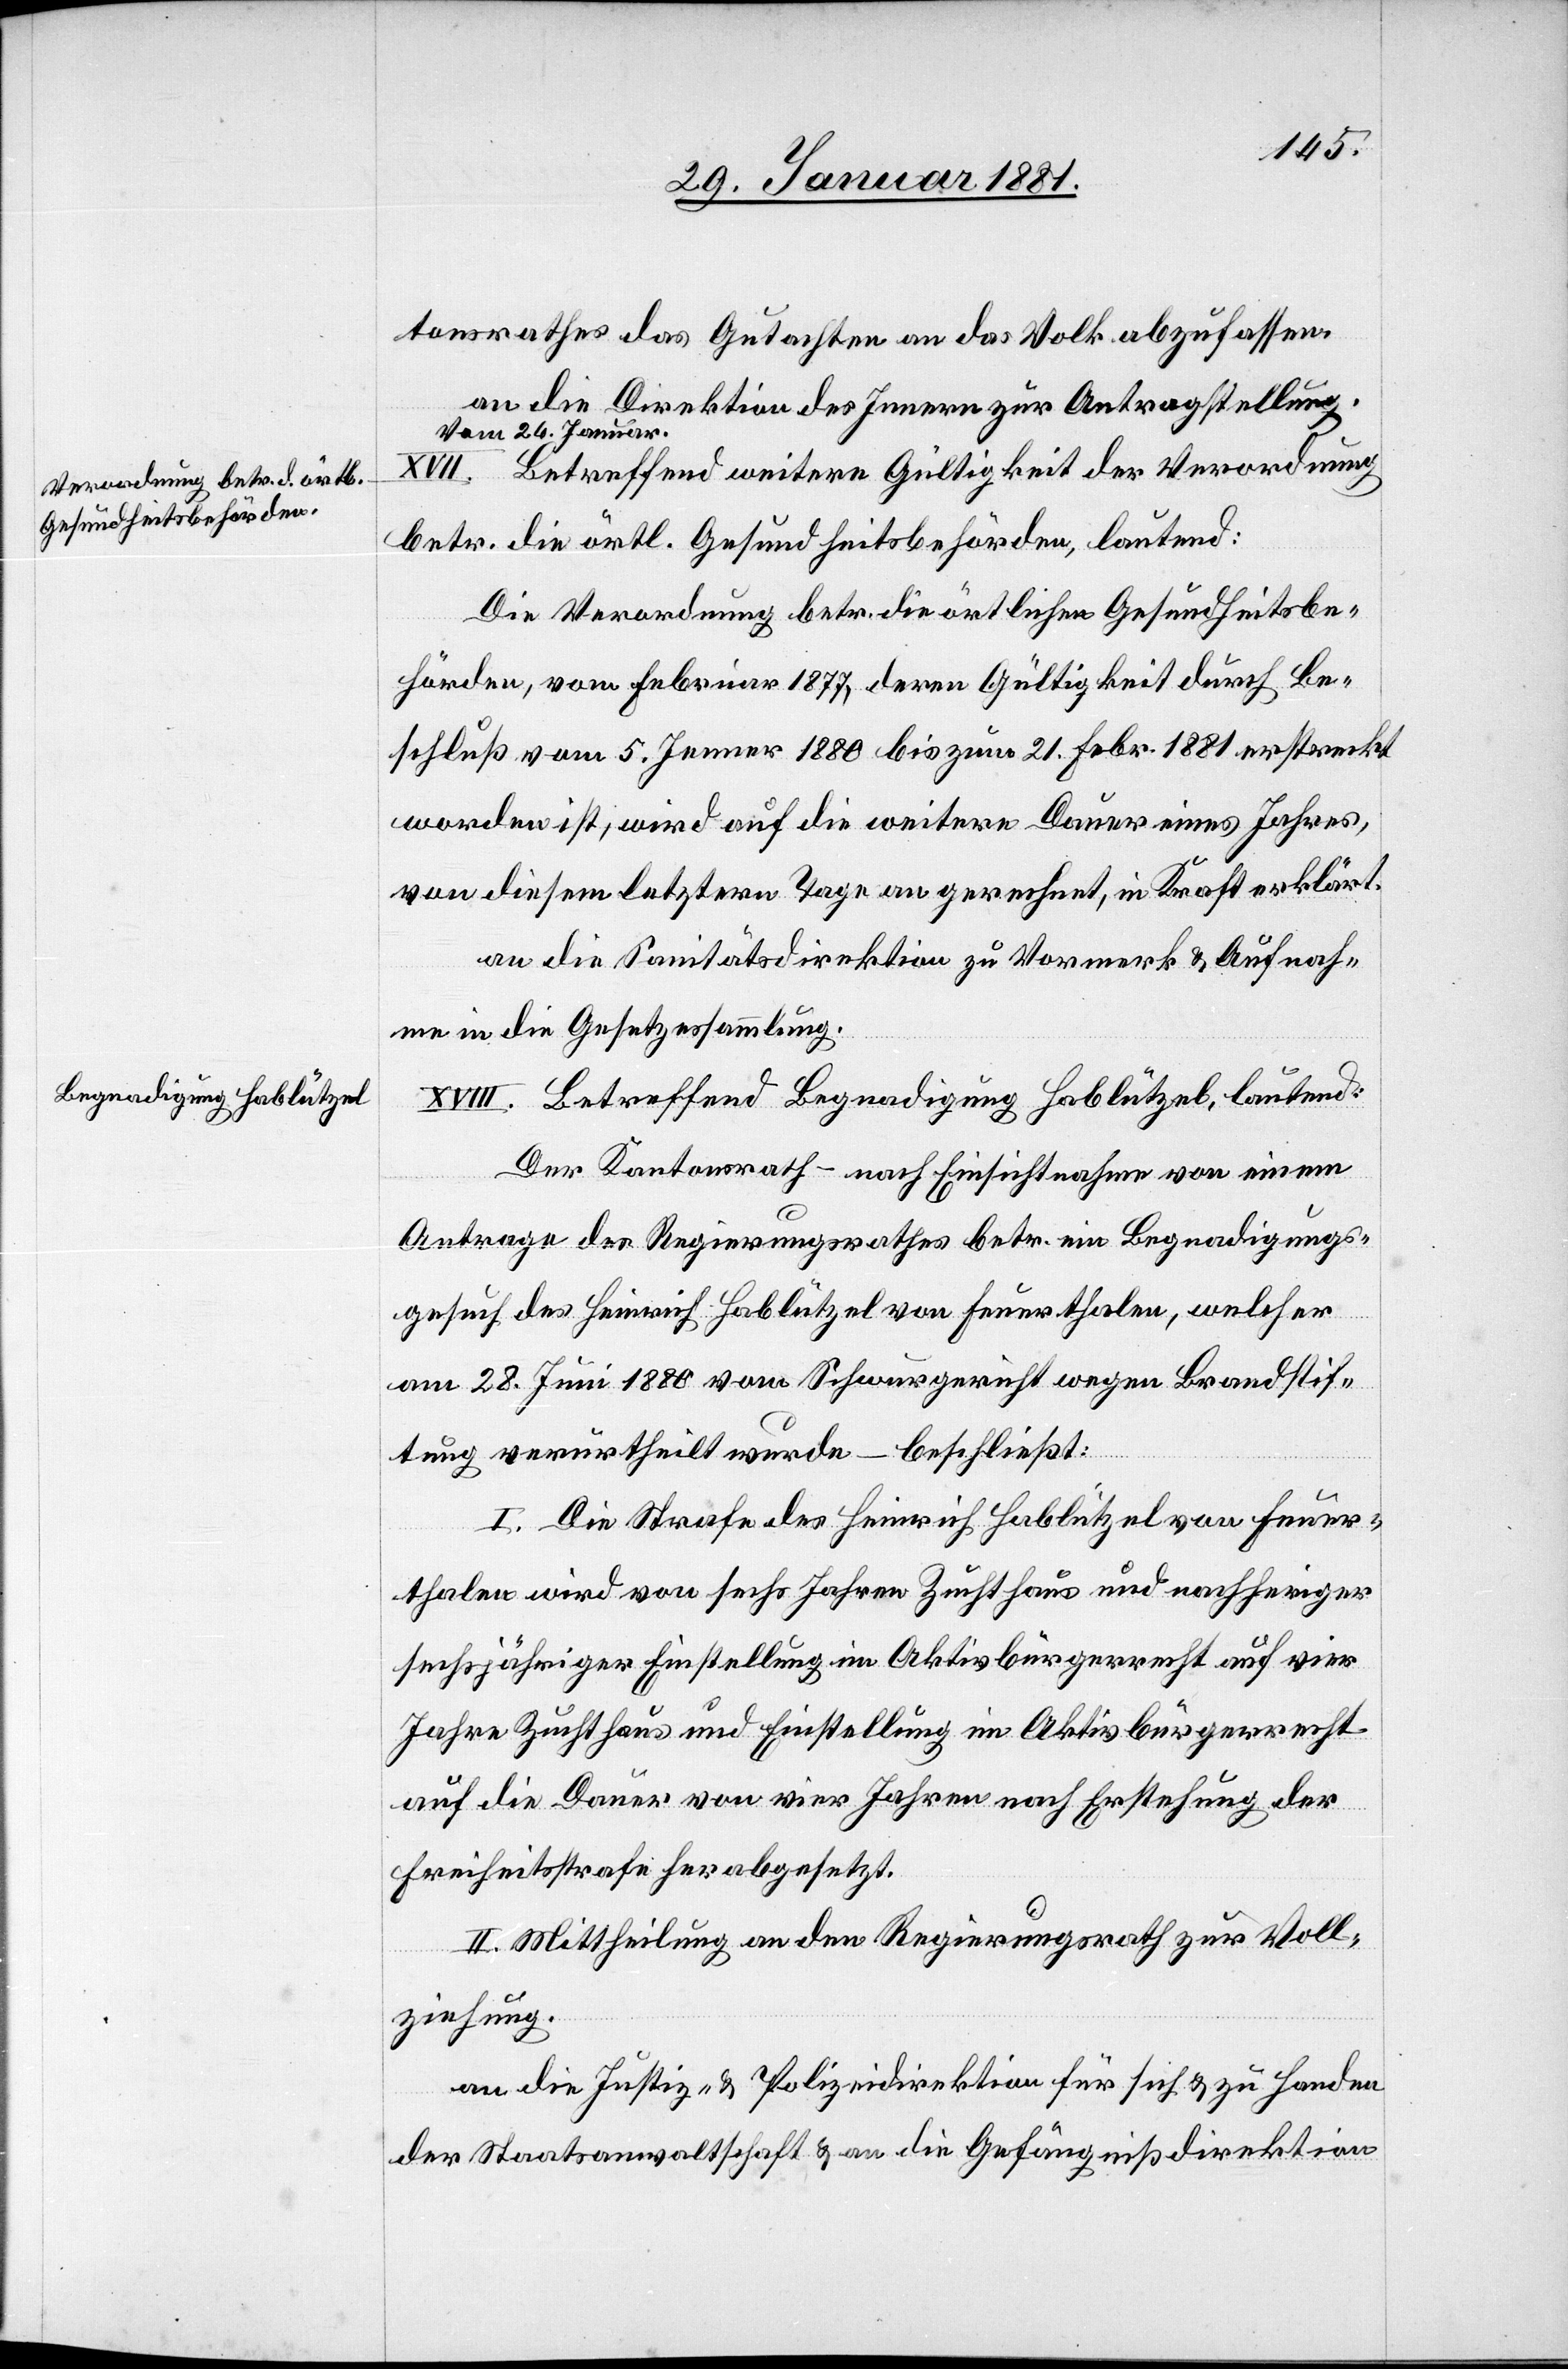
tonsrathes das Gutachten an das Volk abzufassen.
an die Direktion des Innern zur Antragstellung.
[Vom 26. Januar.]
XVII. Betreffend weitere Gültigkeit der Verordnung
betr. die örtl. Gesundheitsbehörden, lautend:
Die Verordnung betr. die örtlichen Gesundheitsbe¬
hörden, vom Februar 1877, deren Gültigkeit durch Be¬
schluß vom 5. Jenner 1880 bis zum 21. Febr. 1881 erstreckt
worden ist, wird auf die weitere Dauer eines Jahres,
von diesem letztern Tage an gerechnet, in Kraft erklärt.
an die Sanitätsdirektion zu Vormerk & Aufnah¬
me in die Gesetzessammlung.
XVIII. Betreffend Begnadigung Hablützel, lautend:
Der Kantonsrath – nach Einsichtnahme von einem
Antrage des Regierungsrathes betr. ein Begnadigungs¬
gesuch des Heinrich Hablützel von Feuerthalen, welcher
am 28. Juni 1880 vom Schwurgericht wegen Brandstif¬
tung verurtheilt wurde – beschließt:
I. Die Strafe des Heinrich Hablützel von Feuer¬
thalen wird von sechs Jahren Zuchthaus und nachheriger
sechsjähriger Einstellung im Aktivbürgerrecht auf vier
Jahre Zuchthaus und Einstellung im Aktivbürgerrecht
auf die Dauer von vier Jahren nach Erstehung der
Freiheitsstrafe herabgesetzt.
II. Mittheilung an den Regierungsrath zur Voll¬
ziehung.
an die Justiz- und Polizeidirektion für sich & zu Handen
der Staatsanwaltschaft & an die Gefängnißdirektion